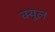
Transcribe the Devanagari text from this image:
क्यूल